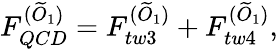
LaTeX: F_{QCD}^{(\widetilde{O}_{1})}=F_{tw3}^{(\widetilde{O}_{1})}+F_{tw4}^{(\widetilde{O}_{1})},